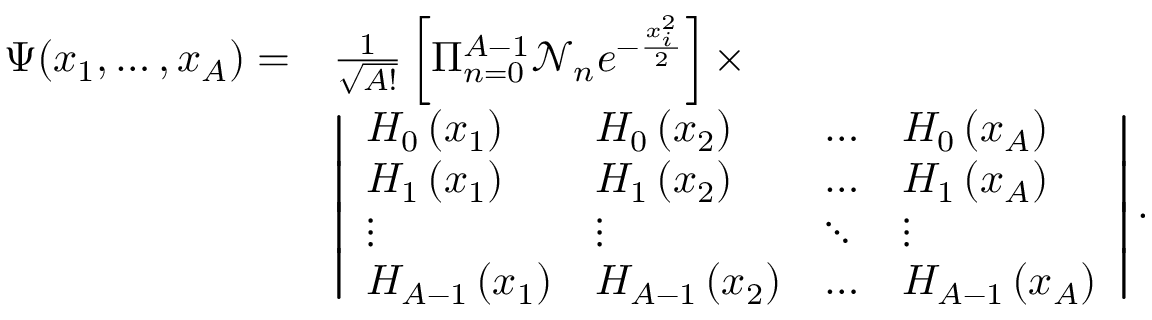
\begin{array} { r l } { \Psi ( x _ { 1 } , \ldots , x _ { A } ) = } & { \frac { 1 } { \sqrt { A ! } } \left[ \Pi _ { n = 0 } ^ { A - 1 } \mathcal { N } _ { n } e ^ { - \frac { x _ { i } ^ { 2 } } { 2 } } \right] \times } \\ & { \left| \begin{array} { l l l l } { H _ { 0 } \left( x _ { 1 } \right) } & { H _ { 0 } \left( x _ { 2 } \right) } & { \ldots } & { H _ { 0 } \left( x _ { A } \right) } \\ { H _ { 1 } \left( x _ { 1 } \right) } & { H _ { 1 } \left( x _ { 2 } \right) } & { \ldots } & { H _ { 1 } \left( x _ { A } \right) } \\ { \vdots } & { \vdots } & { \ddots } & { \vdots } \\ { H _ { A - 1 } \left( x _ { 1 } \right) } & { H _ { A - 1 } \left( x _ { 2 } \right) } & { \ldots } & { H _ { A - 1 } \left( x _ { A } \right) } \end{array} \right| . } \end{array}